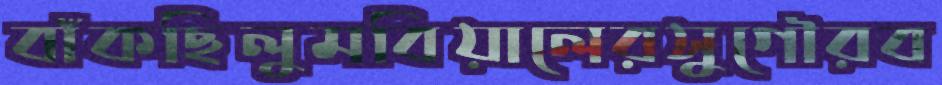
বাঁকছিলুমবিয়ালেরসুগৌরব